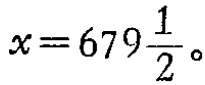
$x = 679\frac{1}{2}。$